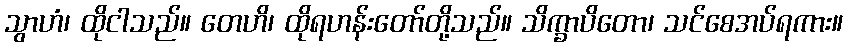
သွာဟံ၊ ထိုငါသည်။ တေဟိ၊ ထိုရဟန်းတော်တို့သည်။ သိက္ခာပိတော၊ သင်စေအပ်ရကား။